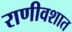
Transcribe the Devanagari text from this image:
राणीवशात